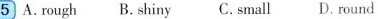
5 A.rough B. shiny C, small D.round